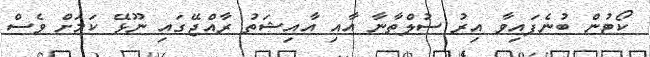
ކޯޓުން ބުނެފައިވާ އިރު ސުލްތާނާ އާއި އާއިޝަތު ރާއްޖޭގައި ނޫޅޭ ކަމަށް ވެސް